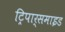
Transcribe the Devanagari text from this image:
ट्रिपार्समाइड